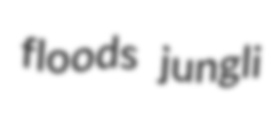
floods jungli